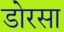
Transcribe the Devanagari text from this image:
डोरसा